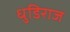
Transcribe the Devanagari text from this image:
धुडिराज